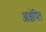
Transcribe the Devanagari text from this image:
आक्षेपित